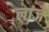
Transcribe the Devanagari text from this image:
लांजे